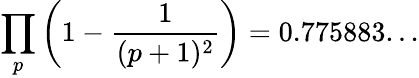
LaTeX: \prod_{p}\left(1-{\frac{1}{(p+1)^{2}}}\right)=0.775883...